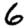
Digit: 6